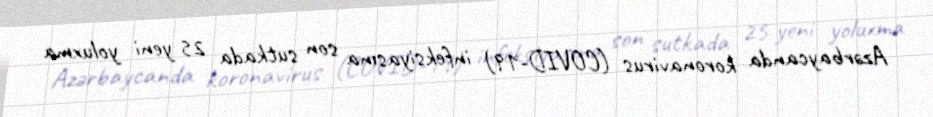
Azərbaycanda koronavirus (COVID-19) infeksiyasına son sutkada 25 yeni yoluxma